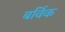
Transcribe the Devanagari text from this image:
बर्विक